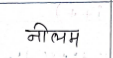
मजकूर: नीलम